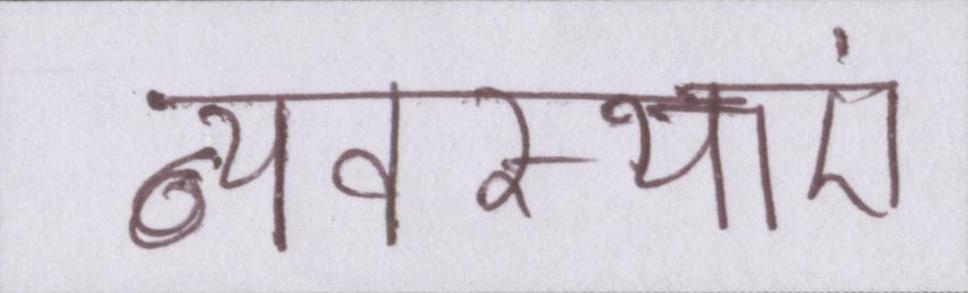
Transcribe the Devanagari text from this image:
व्यवस्थाएं